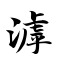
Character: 滹